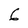
Character: 6